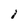
Character: 1